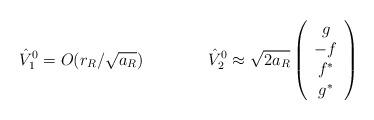
LaTeX: \begin{align*}\hat V^0_1 = O(r_R/\sqrt{a_R}) \qquad\qquad \hat V^0_2 \approx \sqrt{2a_R} \left(\begin{array}{c} g \\ -f \\ f^*\\ g^* \end{array}\right)\end{align*}